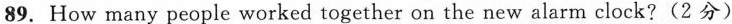
89. How many people worked together on the new alarm clock?(2 分)